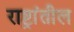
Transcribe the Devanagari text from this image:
राष्ट्रांतील